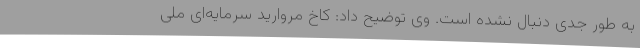
به طور جدی دنبال نشده است. وی توضیح داد: کاخ مروارید سرمایه‌ای ملی